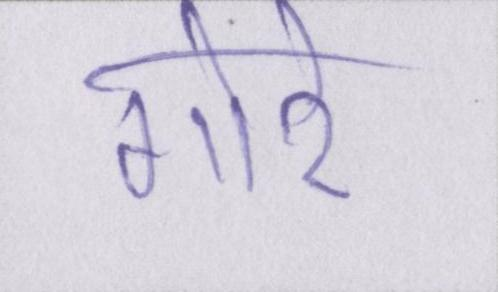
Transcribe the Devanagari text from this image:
गोरे